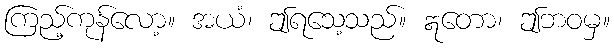
ကြည့်ကုန်လော့။ အယံ၊ ဤရသေ့သည်။ ဣတော၊ ဤဘဝမှ။